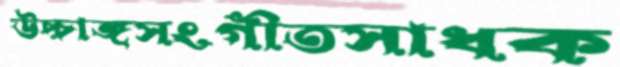
উচ্চাঙ্গসংগীতসাধক